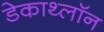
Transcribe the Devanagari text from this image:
डेकाथ्लॉन